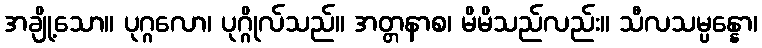
အချို့သော။ ပုဂ္ဂလော၊ ပုဂ္ဂိုလ်သည်။ အတ္တနာစ၊ မိမိသည်လည်း။ သီလသမ္ပန္နော၊